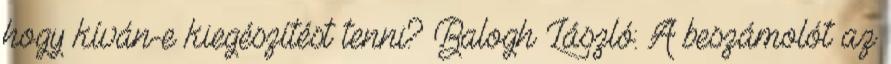
hogy kíván-e kiegészítést tenni? Balogh László: A beszámolót az